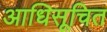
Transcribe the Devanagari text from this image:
आधिसूचित